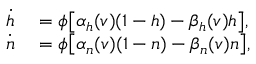
\begin{array} { r l } { \dot { h } } & { { } = \phi \big [ \alpha _ { h } ( v ) ( 1 - h ) - \beta _ { h } ( v ) h \big ] , } \\ { \dot { n } } & { { } = \phi \big [ \alpha _ { n } ( v ) ( 1 - n ) - \beta _ { n } ( v ) n \big ] , } \end{array}